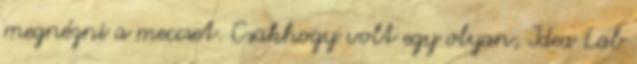
megnézni a meccset. Csakhogy volt egy olyan, Idea Lab